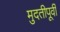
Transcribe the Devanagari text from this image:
मुदतीपूर्वी